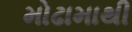
મોઢામાથી